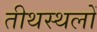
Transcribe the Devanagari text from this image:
तीथस्थलों